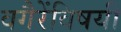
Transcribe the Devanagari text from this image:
वगैरेंविषयी